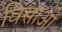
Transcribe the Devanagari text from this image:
विसाओ